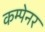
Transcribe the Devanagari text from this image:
कम्पेनर